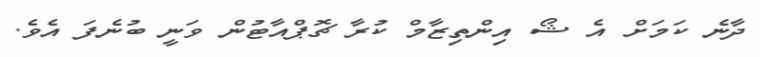
ދާނެ ކަމަށް އެ ޝޯ އިންތިޒާމް ކުރާ ޗޮޕްއާޓުން ވަނީ ބުނެފަ އެވެ.